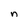
Character: n